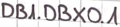
Text: DB1.DBX0.1